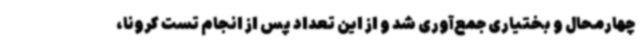
چهارمحال و بختیاری جمع‌آوری شد و از این تعداد پس از انجام تست کرونا،